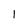
Character: 1